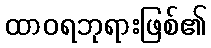
ထာဝရဘုရားဖြစ်၏